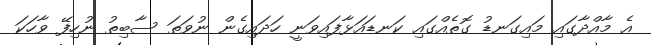
އެ މާއްދާގައި މައިގަނޑު ގޮތެއްގައި ކަނޑައަޅާފައިވަނީ ހަދައިގެން ނުވަތަ ސާބިތު ނުހިފޭ ވާހަކަ